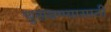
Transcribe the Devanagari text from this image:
घुसवण्यासाठी